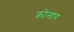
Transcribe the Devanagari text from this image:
क्रोनार